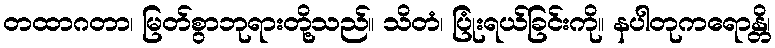
တထာဂတာ၊ မြတ်စွာဘုရားတို့သည်။ သိတံ၊ ပြုံးရယ်ခြင်းကို။ နပါတုကရောန္တိ၊